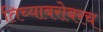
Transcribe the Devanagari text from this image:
तिच्याबरोबरच